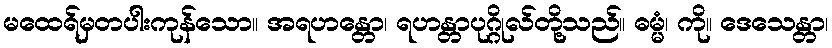
မထေရ်မှတပါးကုန်သော။ အရဟန္တော၊ ရဟန္တာပုဂ္ဂိုလ်တို့သည်။ ဓမ္မံ၊ ကို။ ဒေသေန္တာ၊